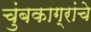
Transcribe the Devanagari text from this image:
चुंबकाग्रांचे